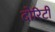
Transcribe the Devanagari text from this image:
दोरिटी